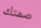
صمتك